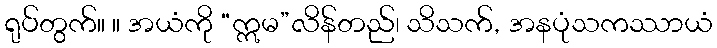
ရုပ်တွက်။ ။ အယံကို “ဣမ”လိန်တည်၊ သိသက်, အနပုံသကဿာယံ